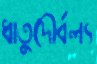
ধাতুদৌর্বল্য